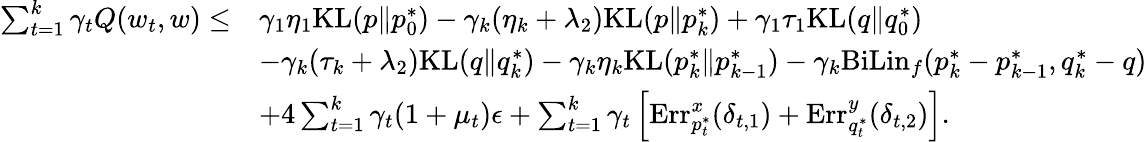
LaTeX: \begin{array}{rl}{\sum_{t=1}^{k}\gamma_{t}Q(w_{t},w)\leq}&{\gamma_{1}\eta_{1}\mathrm{KL}(p\| p_{0}^{*})-\gamma_{k}(\eta_{k}+\lambda_{2})\mathrm{KL}(p\| p_{k}^{*})+\gamma_{1}\tau_{1}\mathrm{KL}(q\| q_{0}^{*})}\\ &{-\gamma_{k}(\tau_{k}+\lambda_{2})\mathrm{KL}(q\| q_{k}^{*})-\gamma_{k}\eta_{k}\mathrm{KL}(p_{k}^{*}\| p_{k-1}^{*})-\gamma_{k}\mathrm{BiLin}_{f}(p_{k}^{*}-p_{k-1}^{*},q_{k}^{*}-q)}\\ &{+4\sum_{t=1}^{k}\gamma_{t}(1+\mu_{t})\epsilon+\sum_{t=1}^{k}\gamma_{t}\left[\mathrm{Err}_{p_{t}^{*}}^{x}(\delta_{t,1})+\mathrm{Err}_{q_{t}^{*}}^{y}(\delta_{t,2})\right].}\end{array}